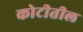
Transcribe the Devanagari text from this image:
कोटीतील